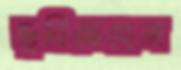
ডুবিতেছেন